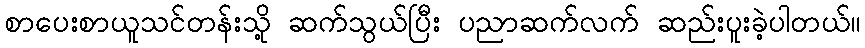
စာပေးစာယူသင်တန်းသို့ ဆက်သွယ်ပြီး ပညာဆက်လက် ဆည်းပူးခဲ့ပါတယ်။